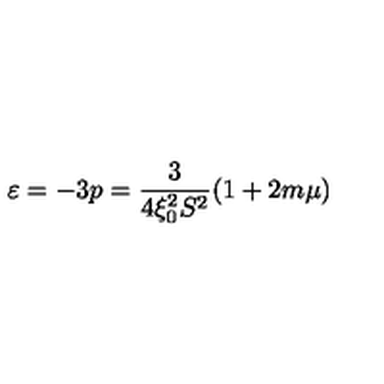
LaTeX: \varepsilon = - 3 p = \frac { 3 } { 4 \xi _ { 0 } ^ { 2 } S ^ { 2 } } ( 1 + 2 m \mu )